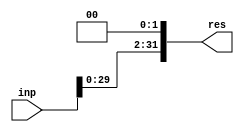
module ShiftL32(input [31:0]inp, output [31:0]res);
  assign res = {inp[29:0],2'b00};
endmodule